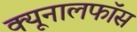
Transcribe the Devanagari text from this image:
क्‍यूनालफॉस